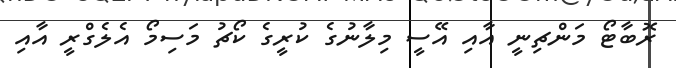
ރޮބާޓޯ މަންޗިނީ އާއި އޭސީ މިލާނުގެ ކުރީގެ ކޯޗު މަސިމޯ އެލެގްރީ އާއި